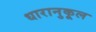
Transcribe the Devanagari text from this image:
धारानुकूल